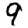
Digit: 9